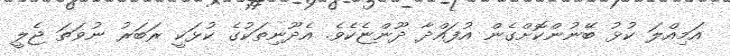
އަމިއްލަ ކުޅު ބޭނުންކޮށްގެން އުފައްދާ ދޫންޏެކެވެ. އެދޫނިތަކުގެ ކުޅަކީ ރަބަރު ނުވަތަ ޖެލީ